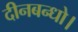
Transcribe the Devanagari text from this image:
दीनबन्धो।